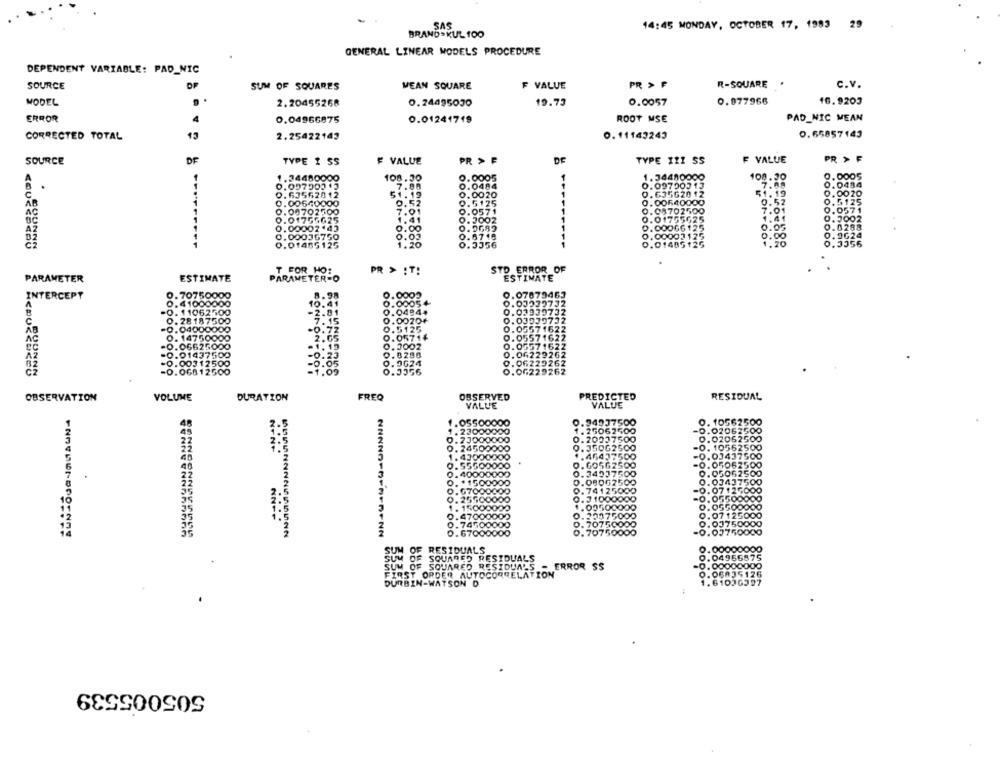
SAS
14:45 MONDAY, OCTOBER 17, 1983 29
BRANDSKUL 100
GENERAL LINEAR MODELS PROCEDURE
DEPENDENT VARIABLE: PAD_NIC
PR > F
R-SQUARE
C.V.
SOURCE
DF
SUM OF SQUARES
MEAN SQUARE
F VALUE
MODEL
2.20455268
0.24495030
19.73
0.0057
0.077966
16.9203
ERROR
0.04966875
0.01241719
ROOT MSE
PAD_NIC MEAN
CORRECTED TOTAL
15
2.25422143
0.11143243
0.65857143
SOURCE
DE
PR > F
TYPE 121 SS
VALUE
PR > F
TYPE 1 SS
F VALUE
DE
108.30
.24480000
108.30
1.34480000
7.08
0.0005
1.097902 1
7.88
0.09700513
0.0484
635620 12
51.19
0.635620 12
. 19
0.0020
AB
.00
0.00640000
0.5125
AC
00702
.01
0.08702500
0.0571
41
0.01755625
1.41
0.3002
0.00066125
0.05
0.0288
0.00002'43
0.00036750
0.03
.000
0312
0.00
0.9624
0.01485125
1.20
1405125
0.3356
T FOR HO:
PR > : T!
STD ERROR OF
PARAMETER
ESTIMATE
PARAMETER=O
ESTIMATE
INTERCEPT
0.70750000
8.98
0.07879463
41000000
10.41
. 0005 4
11062500
2.81
.04844
03939737
28 187500
15
1039732
0.0020+
512
71622
AB
04000000
14
162
14750000
2.05
. 057
66250
71622
-0.014
-0.
0.8280
06229262
-0.00312500
. 9624
.J356
0.06229262
OBSERVATION
VOLUME
DURATION
FREQ
OBSERVED
PREDICTED
RESIDUAL
VALUE
VALUE
14937500
. 10562500
000
5062500
0.02062500
0.7
20037500
.02062500
NONP
DO
. 350G250
-0. 10562500
....
43
-0.03437500
-0.05062500
. 34937
0.05052500
0.03437500
0.74125000
-0.07:27000
0.25500000
0.31000000
-0.05500000
1.15
1.005000
0.05500000
....
0.4700
0.30975000
0.07125000
0.74500
0.707
0.03750000
0.67000000
0.70
6.90750000
-0.03750000
OF RESIDUALS
0000
OF SQUARED RESIDUALS
OF SQUARED RESIDUALS - ERROR SS
FIRST ORDER AUTOCORRELATION
DURBIN-WATSON D
6102
505005539